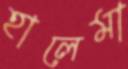
হালেমা